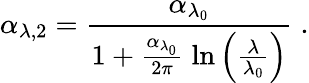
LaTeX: \alpha_{\lambda,2}=\frac{\alpha_{\lambda_{0}}}{1+\frac{\alpha_{\lambda_{0}}}{2\pi}\; \mathrm{ln}\left(\frac{\lambda}{\lambda_{0}}\right)}\; .